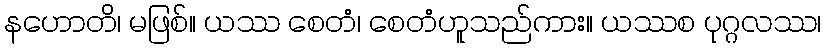
နဟောတိ၊ မဖြစ်။ ယဿ စေတံ၊ စေတံဟူသည်ကား။ ယဿစ ပုဂ္ဂလဿ၊